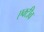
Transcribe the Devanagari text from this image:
एक्टीव